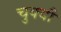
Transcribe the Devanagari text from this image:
चुक्यौ